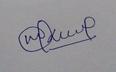
Signature authenticity: genuine